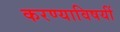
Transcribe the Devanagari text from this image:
करण्याविषयीं